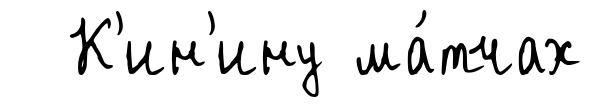
К'ин'ину ма́тчах